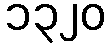
၁၃၂၀